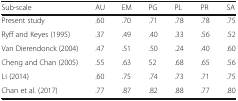
| Sub-scale | AU | EM | PG | PL | PR | SA |
 | --- | --- | --- | --- | --- | --- | --- |
 | Present study | .60 | .70 | .71 | .78 | .78 | .75 |
 | Ryff and Keyes (1995) | .37 | .49 | .40 | .33 | .56 | .52 |
 | Van Dierendonck (2004) | .47 | .51 | .50 | .24 | .40 | .60 |
 | Cheng and Chan (2005) | .55 | .63 | 52 | .68 | .65 | .56 |
 | Li (2014) | .60 | .75 | .74 | .73 | .71 | .75 |
 | Chan et al. (2017) | .77 | .87 | .82 | .88 | .77 | .80 |